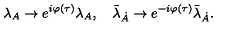
\lambda _ { A } \rightarrow e ^ { i \varphi ( \tau ) } \lambda _ { A } , \quad \bar { \lambda } _ { \dot { A } } \rightarrow e ^ { - i \varphi ( \tau ) } \bar { \lambda } _ { \dot { A } } .